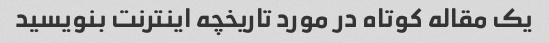
یک مقاله کوتاه در مورد تاریخچه اینترنت بنویسید